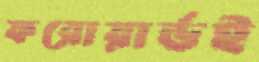
ফরোয়ার্ডই